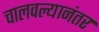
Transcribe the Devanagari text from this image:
चालवल्यानंतर